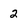
Character: 2